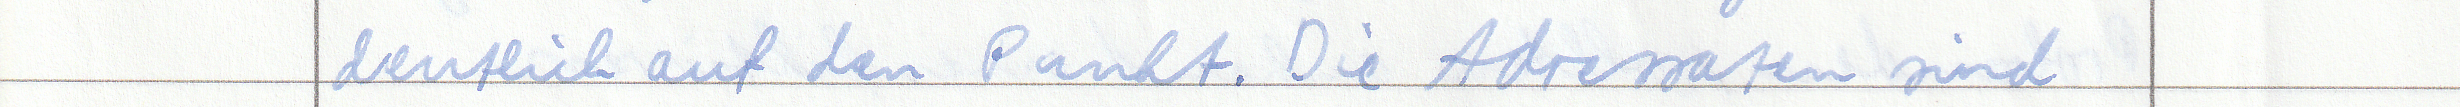
deutlich auf den Punkt. Die Adressaten sind